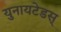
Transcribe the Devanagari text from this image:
युनायटेडस्